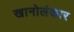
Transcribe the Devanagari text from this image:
खानोलंकार